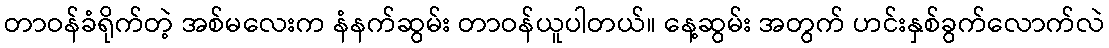
တာဝန်ခံရိုက်တဲ့ အစ်မလေးက နံနက်ဆွမ်း တာဝန်ယူပါတယ်။ နေ့ဆွမ်း အတွက် ဟင်းနှစ်ခွက်လောက်လဲ